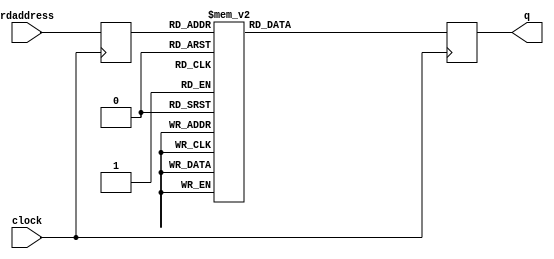
`timescale 1 ps / 1 ps
module rw_manager_m10_ac_ROM (
	clock,
	rdaddress,
	q);
	
	input	  clock;
	input	[5:0]  rdaddress;
	output	[31:0]  q;
	
	reg	[31:0]  q;
	
	reg	[5:0]  rdaddress_r;
always @ (posedge clock)
    rdaddress_r <=  rdaddress;
	
always @ (posedge clock)
    case(rdaddress_r)
'h00 : q <= 'h180E0000;
'h01 : q <= 'h180F0000;
'h02 : q <= 'h0C010231;
'h03 : q <= 'h0C010330;
'h04 : q <= 'h0C012046;
'h05 : q <= 'h0C014208;
'h06 : q <= 'h0C016000;
'h07 : q <= 'h0C070400;
'h08 : q <= 'h0C010249;
'h09 : q <= 'h0C0102C8;
'h0A : q <= 'h0C014026;
'h0B : q <= 'h0C012210;
'h0C : q <= 'h0C016000;
'h0D : q <= 'h1C0F0000;
'h0E : q <= 'h1E0F0000;
'h0F : q <= 'h1C0F0000;
'h10 : q <= 'h0C0D0000;
'h11 : q <= 'h0C0D6000;
'h12 : q <= 'h0C050400;
'h13 : q <= 'h0C090000;
'h14 : q <= 'h0F330000;
'h15 : q <= 'h0F336000;
'h16 : q <= 'h0F330008;
'h17 : q <= 'h0F336008;
'h18 : q <= 'h1E2F0000;
'h19 : q <= 'h1F3F0000;
'h1A : q <= 'h1E0F0000;
'h1B : q <= 'h0E030000;
'h1C : q <= 'h0E230000;
'h1D : q <= 'h0CCB0000;
'h1E : q <= 'h0CCB6000;
'h1F : q <= 'h0CCB0008;
'h20 : q <= 'h0CCB6008;
'h21 : q <= 'h1CCF0000;
'h22 : q <= 'h0C0B0008;
'h23 : q <= 'h0C0F0000;
'h24 : q <= 'h00000000;
'h25 : q <= 'h00000000;
'h26 : q <= 'h00000000;
'h27 : q <= 'h00000000;
        default : q <= 0;
    endcase
endmodule